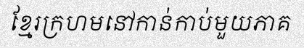
ខ្មែរក្រហមនៅកាន់កាប់មួយភាគ